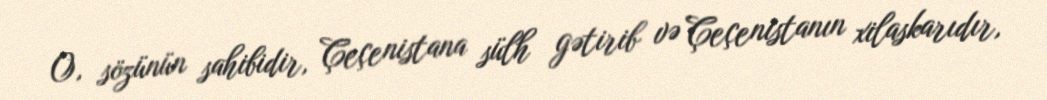
O, sözünün sahibidir, Çeçenistana sülh gətirib və Çeçenistanın xilaskarıdır,